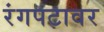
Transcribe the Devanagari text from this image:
रंगपटावर